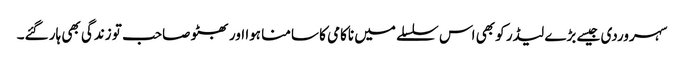
سہروردی جیسے بڑے لیڈر کو بھی اس سلسلے میں ناکامی کا سامنا ہوا اور بھٹو صاحب تو زندگی بھی ہار گئے۔